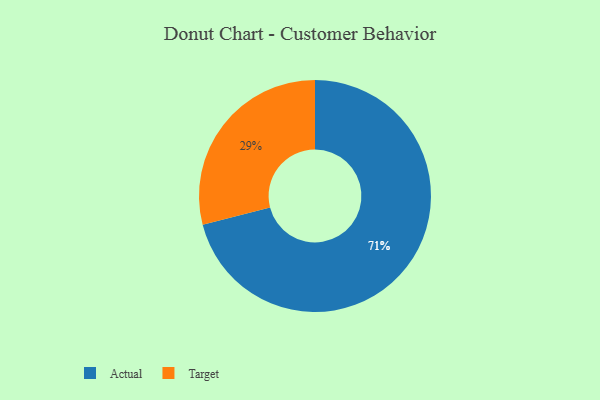
{"axis": {"x": "Category", "y": "Percentage"}, "legend": ["Actual", "Target"], "data": [{"x": "Target", "y": 29, "type": "Target"}, {"x": "Actual", "y": 71, "type": "Actual"}]}